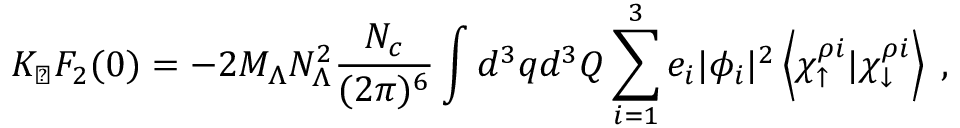
K _ { \perp } F _ { 2 } ( 0 ) = - 2 M _ { \Lambda } N _ { \Lambda } ^ { 2 } { \frac { N _ { c } } { ( 2 \pi ) ^ { 6 } } } \int d ^ { 3 } q d ^ { 3 } Q \sum _ { i = 1 } ^ { 3 } e _ { i } | \phi _ { i } | ^ { 2 } \left< \chi _ { \uparrow } ^ { \rho i } | \chi _ { \downarrow } ^ { \rho i } \right> \; ,